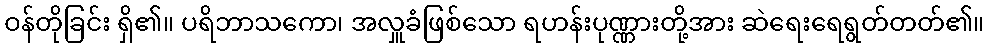
ဝန်တိုခြင်း ရှိ၏။ ပရိဘာသကော၊ အလှူခံဖြစ်သော ရဟန်းပုဏ္ဏားတို့အား ဆဲရေးရေရွတ်တတ်၏။